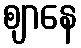
ဈာနေ